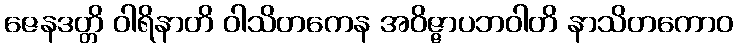
ဇေနဒတ္တိ ဝါရိနာတိ ဝါသိတကေန အဝိဇ္ဇာပဘဝါတိ နာသိတကောဝ